Vaccination in the Punjab 1883-1896 - 1883-1896
Year: 1883
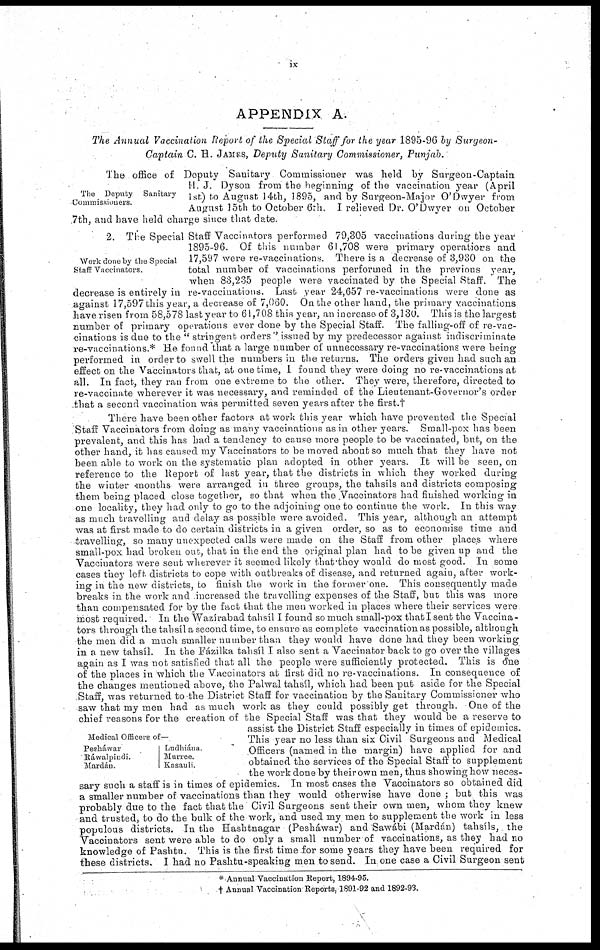
ix
APPENDIX A.
The Annual Vaccination Report of the Special Staff for the year 1895-96 by Surgeon-
Captain C. H. JAMES, Deputy Sanitary Commissioner, Punjab.
The Deputy Sanitary
Commissioners.
The office of Deputy Sanitary Commissioner was held by Surgeon-Captain
H. J. Dyson from the beginning of the vaccination year (April
1st) to August 14th, 1895, and by Surgeon-Major O'Dwyer from
August 15th to October 6th. I relieved Dr. O'Dwyer on October
7th, and have held charge since that date.
Work done by the Special
Staff Vaccinators.
2. The Special Staff Vaccinators performed 79,305 vaccinations during the year
1895-96. Of this number 61,708 were primary operations and
17,597 were re-vaccinations. There is a decrease of 3,930 on the
total number of vaccinations performed in the previous year,
when 83,235 people were vaccinated by the Special Staff. The
decrease is entirely in re-vaccinations. Last year 24,657 re-vaccinations were done as
against 17,597 this year, a decrease of 7,060. On the other hand, the primary vaccinations
have risen from 58,578 last year to 61,708 this year, an increase of 3,130. This is the largest
number of primary operations ever done by the Special Staff. The falling-off of re-vac-
cinations is due to the " stringent orders ' issued by my predecessor against indiscriminate
re-vaccinations.* He found that a large number of unnecessary re-vaccinations were being
performed in order to swell the numbers in the returns. The orders given had such an
effect on the Vaccinators that, at one time, I found they were doing no re-vaccinations at
all. In fact, they ran from one extreme to the other. They were, therefore, directed to
re-vaccinate wherever it was necessary, and reminded of the Lieutenant-Governor's order
that a second vaccination was permitted seven years after the first.†
Medical Officers of—
Pesháwar
Ráwalpindi.
Mardán.
Ludhiána
Murree.
Kasauli.
There have been other factors at work this year which have prevented the Special
Staff Vaccinators from doing as many vaccinations as in other years. Small-pox has been
prevalent, and this has had a tendency to cause more people to be vaccinated, but, on the
other hand, it has caused my Vaccinators to be moved about so much that they have not
been able to work on the systematic plan adopted in other years. It will be seen, on
reference to the Report of last year, that the districts in which they worked during
the winter months were arranged in three groups, the tahsíls and districts composing
them being placed close together, so that when the Vaccinators had finished working in
one locality, they had only to go to the adjoining one to continue the work. In this way
as much travelling and delay as possible were avoided. This year, although an attempt
was at first made to do certain districts in a given order, so as to economise time and
travelling, so many unexpected calls were made on the Staff from other places where
small-pox had broken out, that in the end the original plan had to be given up and the
Vaccinators were sent wherever it seemed likely that they would do most good. In some
cases they left, districts to cope with outbreaks of disease, and returned again, after work-
ing in the new districts, to finish the work in the former one. This consequently made
breaks in the work and increased the travelling expenses of the Staff, but; this was more
than compensated for by the fact that the men worked in places where their services were
most required. In the Wazírabad tahsíl I found so much small-pox that I sent the Vaccina-
tors through the talisíl a second time, to ensure as complete vaccination as possible, although
the men did a much smaller number than they would have done had they been working
in a new tahsíl. In the Fázilka tahsíl I also sent a Vaccinator back to go over the villages
again as I was not satisfied that all the people were sufficiently protected. This is one
of the places in which the Vaccinators at first did no re-vaccinations. In consequence of
the changes mentioned above, the Palwal tahsíl, which had been put aside for the Special
Staff, was returned to the District Staff for vaccination by the Sanitary Commissioner who
saw that my men had as much work as they could possibly get through. One of the
chief reasons for the creation of the Special Staff was that they would be a reserve to
assist the District Staff especially in times of epidemics.
This year no less than six Civil Surgeons and Medical
Officers (named in the margin) have applied for and
obtained the services of the Special Staff to supplement
the work done by their own men, thus showing how neces-
sary such a staff is in times of epidemics. In most cases the Vaccinators so obtained did
a smaller number of vaccinations than they would otherwise have done; but this was
probably due to the fact that the Civil Surgeons sent their own men, whom they knew
and trusted, to do the bulk of the work, and used my men to supplement the work in less
populous districts. In the Hashtnagar (Pesháwar) and Sawábi (Mardán) tahsíls, the
Vaccinators sent were able to do only a small number of vaccinations, as they had no
knowledge of Pashtu. This is the first time for some years they have been required for
these districts. I had no Pashtu-speaking men to send. In one case a Civil Surgeon sent
* Annual Vaccination Report, 1894-95.
† Annual Vaccination Reports, 1891-92 and 1892-93.